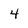
Character: 4